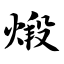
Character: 煅